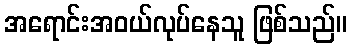
အရောင်းအဝယ်လုပ်နေသူ ဖြစ်သည်။